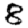
Digit: 8